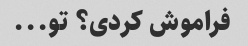
فراموش کردی؟ تو...